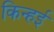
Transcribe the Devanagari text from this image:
किन्हई